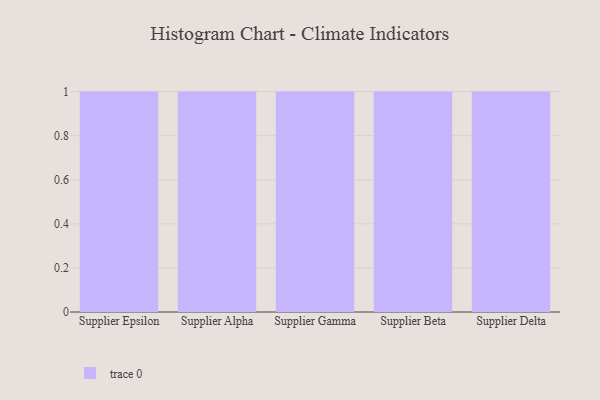
{"axis": {"x": "Supplier", "y": "Page Views"}, "legend": [""], "data": [{"x": "Supplier Epsilon", "y": 95, "type": ""}, {"x": "Supplier Alpha", "y": 38, "type": ""}, {"x": "Supplier Gamma", "y": 86, "type": ""}, {"x": "Supplier Beta", "y": 84, "type": ""}, {"x": "Supplier Delta", "y": 64, "type": ""}]}